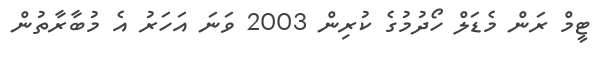
ޓީމް ރަން މެޑަލް ހޯދުމުގެ ކުރިން 2003 ވަނަ އަހަރު އެ މުބާރާތުން